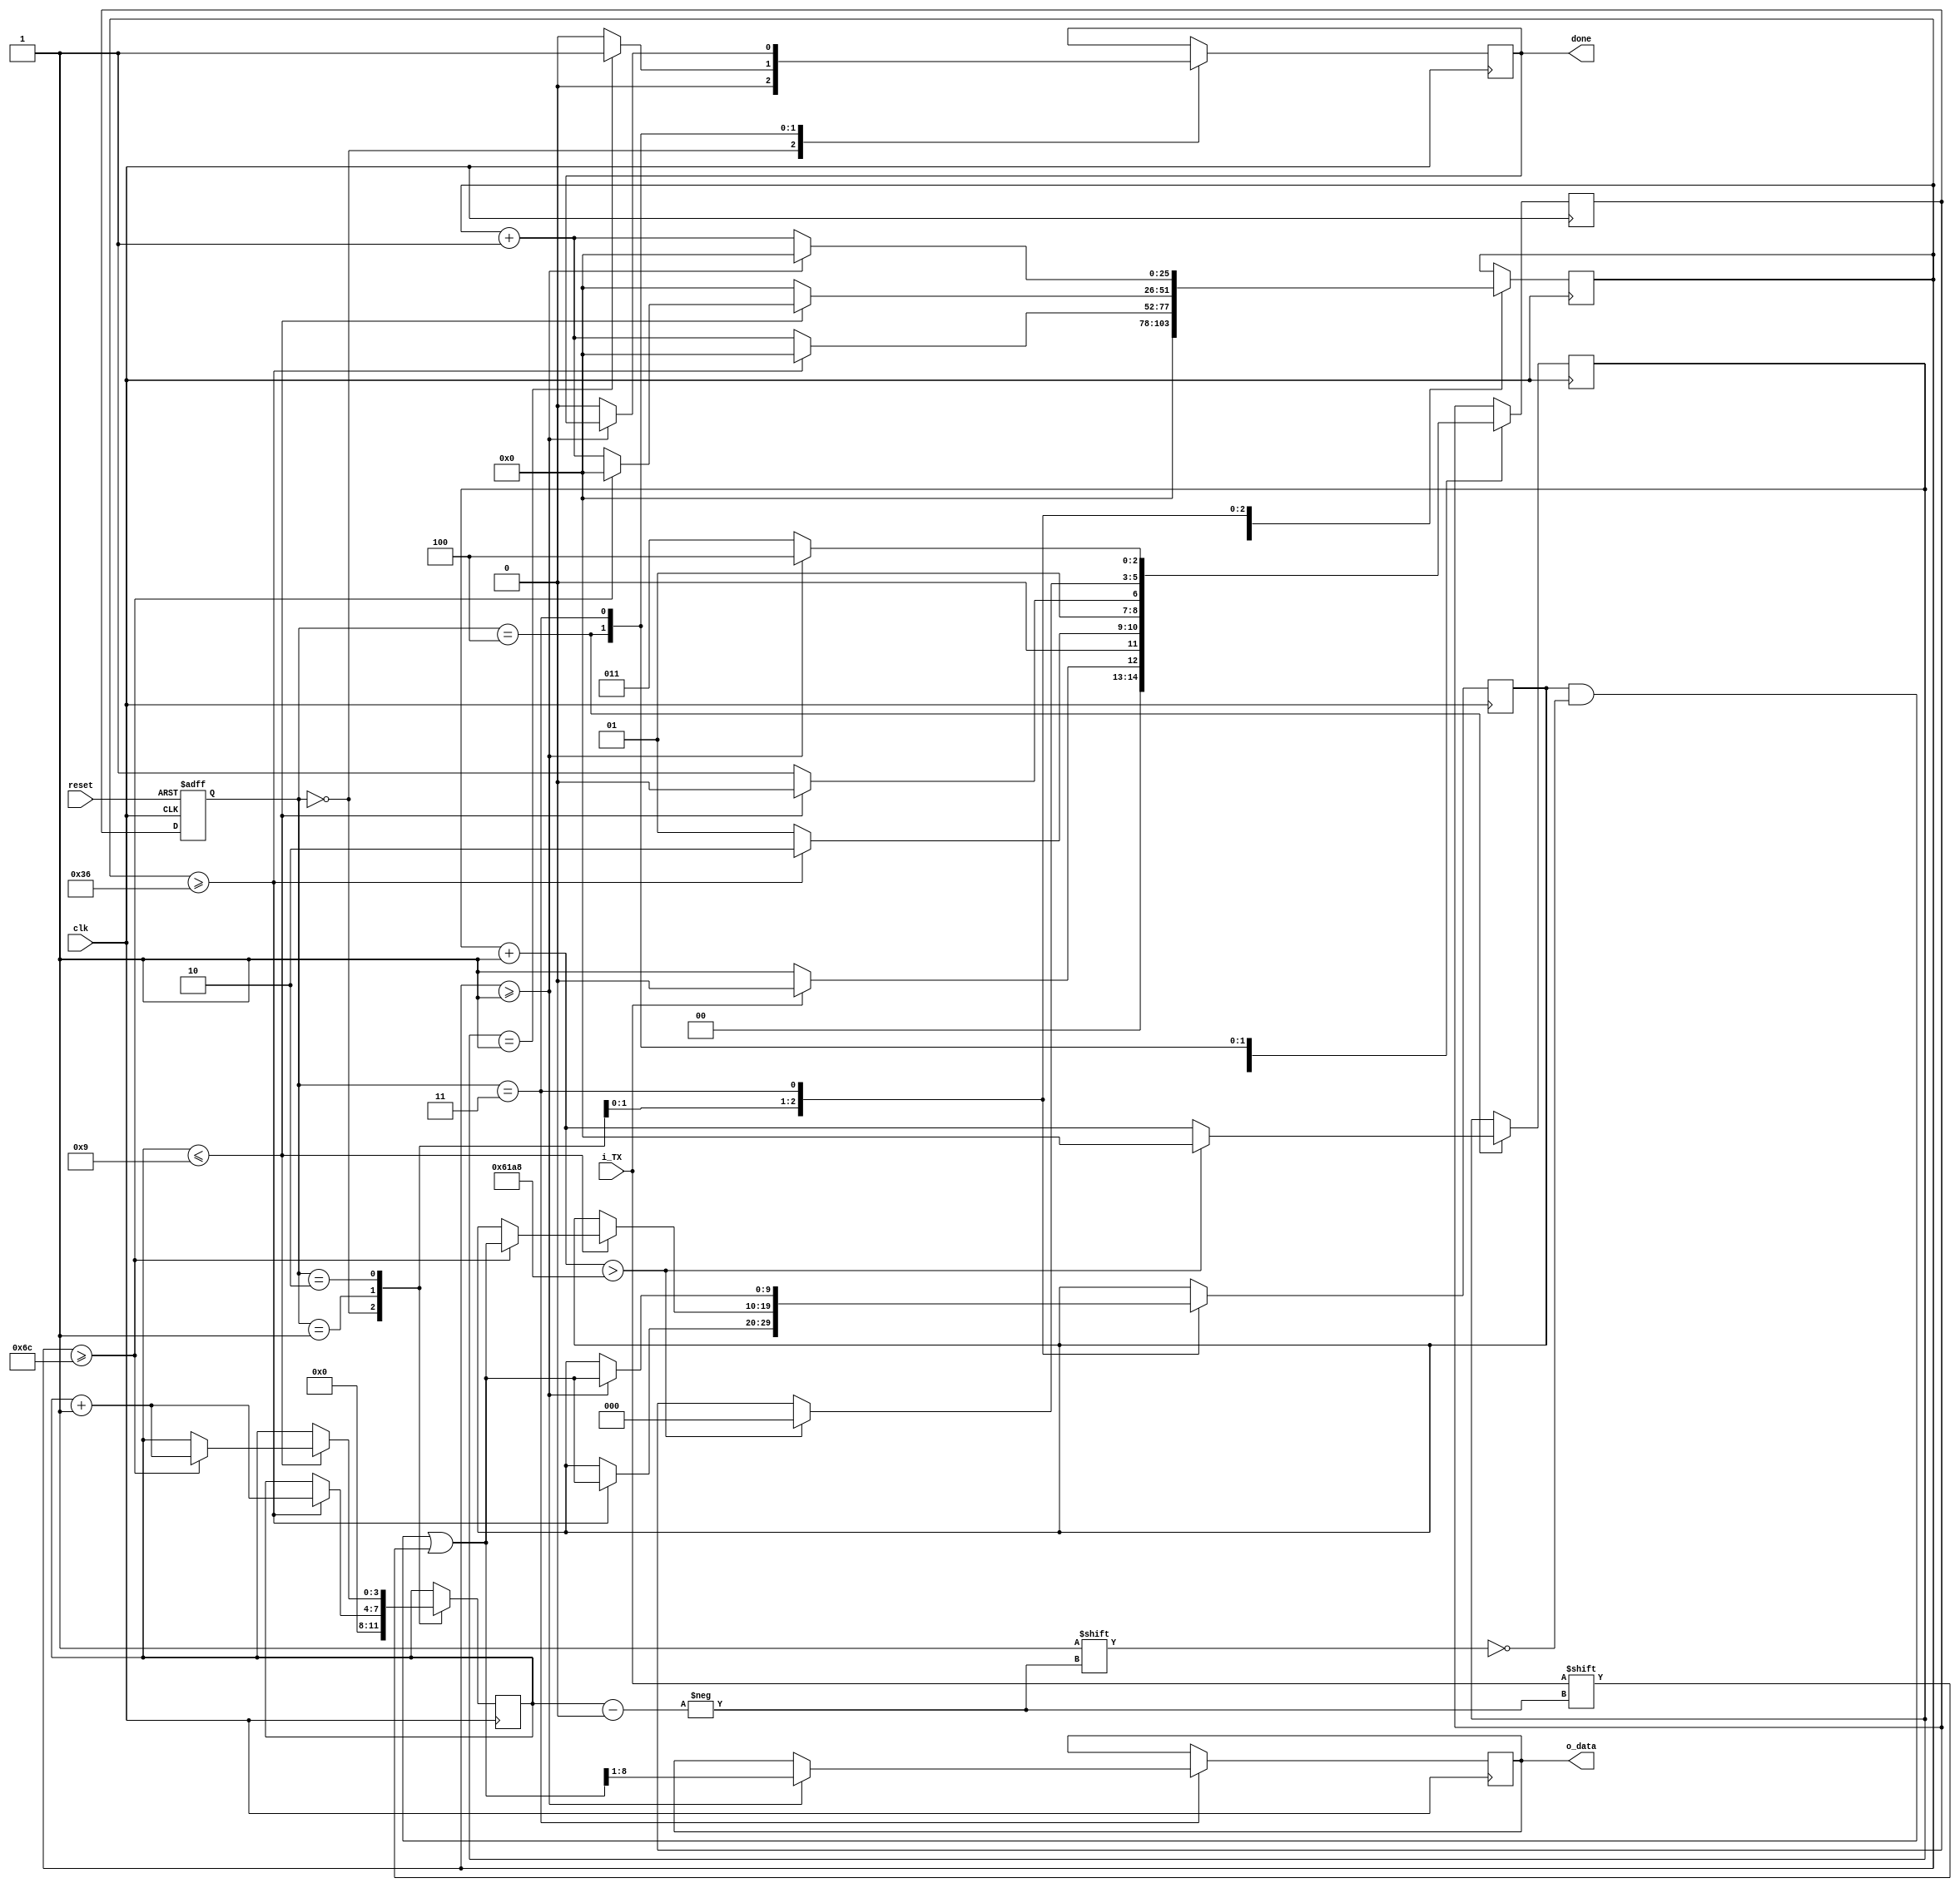
//////////////////////////////////////////////////////////////////////////////////
// Company: 	Boston University
// 
// Design Name: 	 Asynchronous communication
// Module Name:    UART_Rx
// Project Name: 	 ANN
// Target Devices: xc6slx16-3csg324
// Tool versions:  ISE 12.2
//
// Dependencies: 	 none
//
// Revision: 
// 	Revision 0.01 - File Created
//
// Additional Comments: 
//		Comments talk about Matlab communcation, but this is a generic driver
//		start and stop bit are saved, for future purposes
//
//////////////////////////////////////////////////////////////////////////////////
`define IDLE	0
`define START	1
`define DATA	2
`define STOP	3
`define HOLDIT 4

module UART_Rx(
	output reg [7:0] o_data,	// received data (parallel)
	input i_TX,		// Comes FROM Matlab	
	input clk,		// 100MHz clock signal
	input reset,		// global reset
	output done
    );
	
	// Baud rate calculation
	parameter FREQUENCY = 100_000_000;			// onboard frequency (100 MHz)
	parameter BAUDRATE = 921_600;					// communication bandwidth
	parameter T_COUNT = FREQUENCY/BAUDRATE;	// counting till this
	
	reg [2:0] state, next_state;	// states
	reg [9:0] r_data = 0;	// shift register
	reg [25:0] count = 0;	// time counter, make sure T_COUNT fits in here
	reg [3:0] i = 0;		// bit counter
	reg donereg = 1'b0;
	reg [25:0] cc = 0;
	
	// FSM
	always @ (posedge clk or posedge reset) 
		if (reset) state = `IDLE;
		else state = next_state;
	
	always @ (posedge clk) begin
		case (state)
			// IDLE state waits for the start bit to appear
			`IDLE: begin						// Wait for data to arrive
					donereg = 1'b0;
					count = 0;					// not counting
					i = 0;
					if (~i_TX) next_state = `START;	// if start bit received
					else next_state = `IDLE;			// else stay here
				end
			`START: begin	// start bit
					if (count >= T_COUNT/2) begin 	// half-time for mid-bit sampling
						next_state = `DATA;				// start receiving the data
						count = 0;							// reset the count
						r_data[i] = i_TX;					// save the start bit
						i = i + 1'b1;						// increment the bit counter
					end else begin
						next_state = `START;				// otherwise stay here
						count = count + 1'b1;			// and keep on incrementing the count
					end
				end
			`DATA: begin	// count till ten, record the bit, increment it, repeat 8 times
					if (i <= 9) begin	// start + data
						next_state = `DATA;
						if (count >= T_COUNT) begin
							count = 0;
							r_data[i] = i_TX;
							i = i + 1'b1;
						end else begin
							count = count + 1'b1;
						end
					end else begin 
						next_state = `STOP;
						count = 0;
					end
				end
				`HOLDIT: begin
					if (cc == 1) begin
						donereg = 1'b1;
					end else begin
						donereg = 1'b0;
					end
					cc = cc + 1;
					if (cc > 25000) begin
						cc = 0;
						next_state = `IDLE;
					end
				end
			`STOP: begin	// once done, check for the stop bit (can be replaced by parity)
					if (count >= 1) begin
						next_state = `HOLDIT;		// and go to the initial state
						count = 0;					// reset the counting
						r_data[i] = i_TX;			// get the stop bit
						o_data = r_data[8:1];	// output parallel data
					end else begin
						donereg = 1'b0;
						next_state = `STOP;		// wait for the stop bit to arrive
						count = count + 1'b1;
					end
				end
				
		endcase	
	end
	assign done = donereg;
endmodule